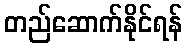
တည်ဆောက်နိုင်ရန်